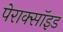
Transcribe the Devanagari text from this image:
पेराक्सॉइड